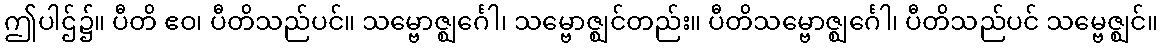
ဤပါဌ်၌။ ပီတိ ဧဝ၊ ပီတိသည်ပင်။ သမ္ဗောဇ္ဈင်္ဂေါ၊ သမ္ဗောဇ္ဈင်တည်း။ ပီတိသမ္ဗောဇ္ဈင်္ဂေါ၊ ပီတိသည်ပင် သမ္ဗေဇ္ဈင်။